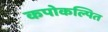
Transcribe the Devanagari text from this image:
कपोकल्पित